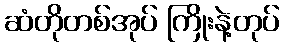
ဆံတိုတစ်အုပ် ကြိုးနဲ့တုပ်